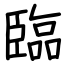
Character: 臨